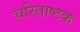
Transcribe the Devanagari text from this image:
चरिताष्टक